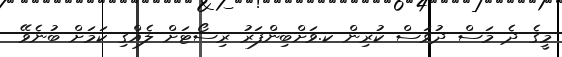
މީގެ ދެ މަސް ދުވަސް ކުރިން ކ.ވަށްބިންފަރު ރިސޯޓަށް ލެއްގި ކަމަށް ބުނެވޭ